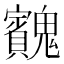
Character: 𩴱